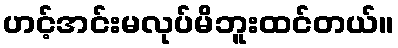
ဟင့်အင်းမလုပ်မိဘူးထင်တယ်။